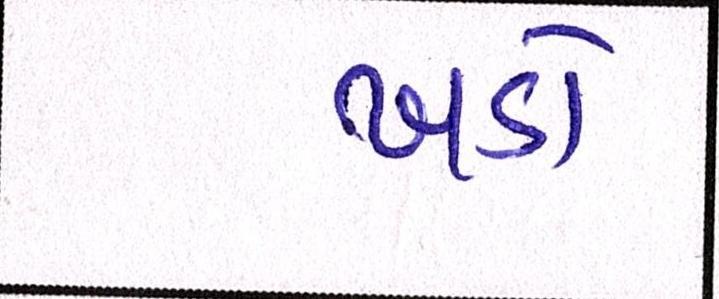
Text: ખડો